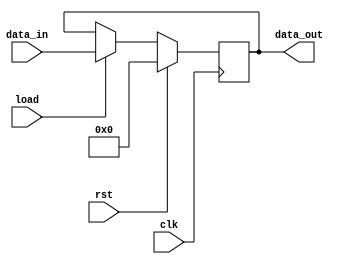
`timescale 1ns / 1ps
//////////////////////////////////////////////////////////////////////////////////
// Company: 
// Engineer: 
// 
// Design Name: 
// Module Name: register
// Project Name: 
// Target Devices: 
// Tool Versions: 
// Description: 
// 
// Dependencies: 
// 
// Revision:
// Revision 0.01 - File Created
// Additional Comments:
// 
//////////////////////////////////////////////////////////////////////////////////


module register
    #(parameter width = 8)
    (
    input wire [width - 1 : 0] data_in,
    input wire load, clk, rst,
    output reg [width - 1 : 0] data_out
    );


    always @(posedge clk)
    begin
        if(rst)
        data_out <= 0;
        else if (load)
        data_out <= data_in;
        else 
        data_out <= data_out;
    end

endmodule